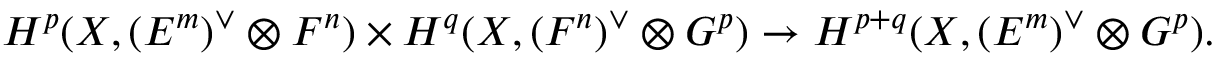
H ^ { p } ( X , ( E ^ { m } ) ^ { \vee } \otimes F ^ { n } ) \times H ^ { q } ( X , ( F ^ { n } ) ^ { \vee } \otimes G ^ { p } ) \to H ^ { p + q } ( X , ( E ^ { m } ) ^ { \vee } \otimes G ^ { p } ) .